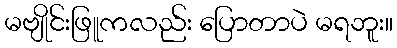
မဗျိုင်းဖြူကလည်း ပြောတာပဲ မရဘူး။